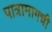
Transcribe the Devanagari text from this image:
पात्रामागची